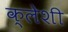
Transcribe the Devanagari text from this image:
क्लेशी